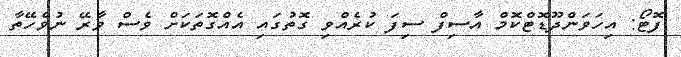
ފޮޓޯ: އިހަވަންދޫޑޮޓްކޮމް އާސިފް ސިފަ ކުރެއްވި ގޮތުގައި އެއްގޮތަކަށް ވެސް ވާރޭ ނުވެހޭތާ